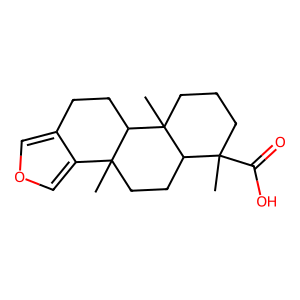
SMILES: CC1(C(=O)O)CCCC2(C)C1CCC1(C)c3cocc3CCC12
Inhibits HIV replication: No